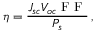
\eta = \frac { J _ { s c } V _ { o c } \mathrm { ~ F ~ F ~ } } { P _ { s } } \, ,